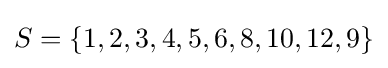
S=\{1,2,3,4,5,6,8,10,12,9\}